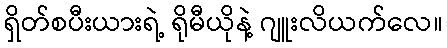
ရှိတ်စပီးယားရဲ့ ရိုမီယိုနဲ့ ဂျူးလိယက်လေ။